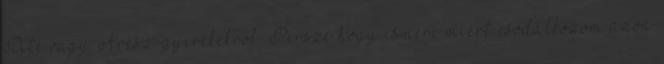
Dité vagy Árész-gyerekekről. Persze hogy ismeri miért csodálkozom azon